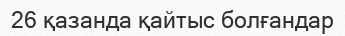
26 қазанда қайтыс болғандар